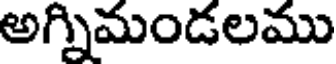
అగ్నిమండలము